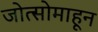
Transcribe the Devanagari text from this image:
जोत्सोमाहून